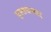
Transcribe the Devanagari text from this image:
मुस्तफ़ाबाद